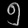
Digit: ၅